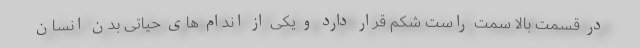
در قسمت بالا سمت راست شکم قرار دارد و یکی از اندام های حیاتی بدن انسان